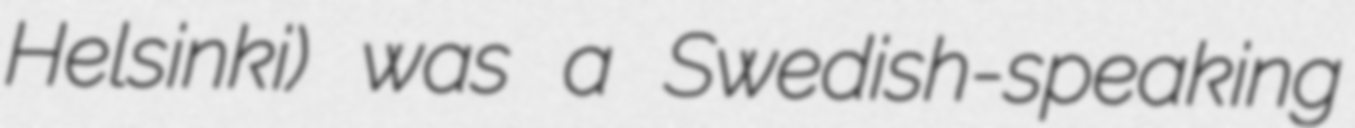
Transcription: Helsinki) was a Swedish-speaking